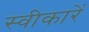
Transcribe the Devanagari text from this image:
स्वीकारें